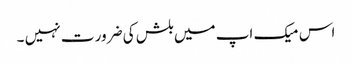
اس میک اپ میں بلش کی ضرور ت نہیں ۔